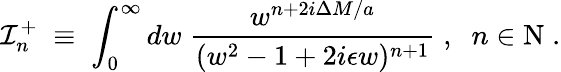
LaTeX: {\cal I}_{n}^{+}\; \equiv\; \int_{0}^{\infty}dw\; \frac{w^{n+2i\Delta M/a}}{(w^{2}-1+2i\epsilon w)^{n+1}}\; ,\; \; n\in\mathrm{N}\; .